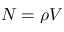
N = \rho V